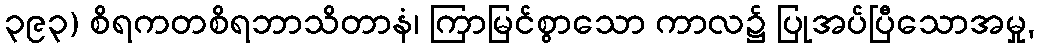
၃၉၃) စိရကတစိရဘာသိတာနံ၊ ကြာမြင်စွာသော ကာလ၌ ပြုအပ်ပြီသောအမှု,